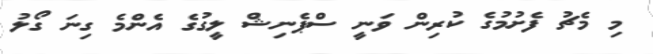
މި މެޗު ފެށުމުގެ ކުރިން ވަނީ ސްޕެނިޝް ލީގުގެ އެންމެ ގިނަ ގޯލު